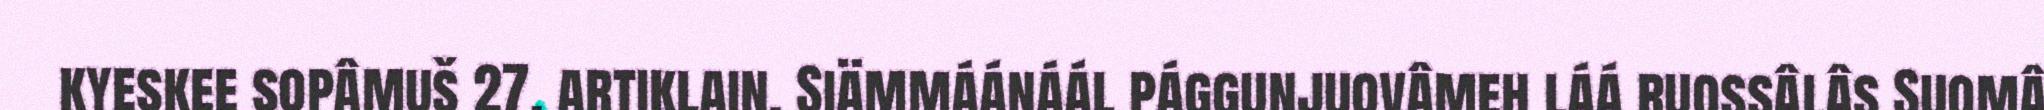
kyeskee sopâmuš 27. artiklain. Siämmáánáál pággunjuovâmeh láá ruossâlâs Suomâ